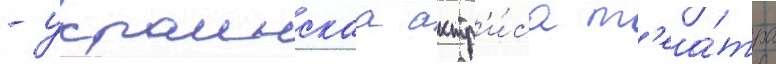
- украинскаа актр'и́са т'еа́тра